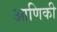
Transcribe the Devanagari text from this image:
आणिकी